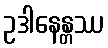
ဥဒါနေန္တဿ